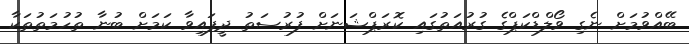
ބޭއްވުމަށް ނެގި ވޯލްޑްކަޕްގެ ގުރުއަތުގައި ކޮރަޕްޝަނަށް ފުރުސަތު ދީފައިވާ ކަމަށް ބުނާ ތުހުމަތުތަކާ